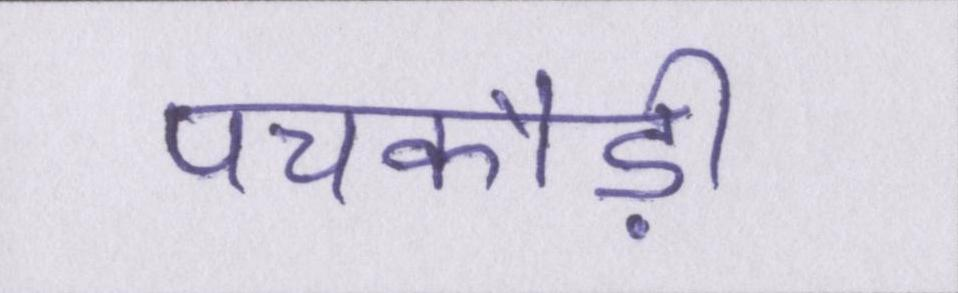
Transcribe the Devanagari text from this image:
पचकौड़ी